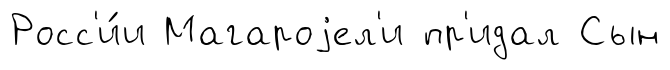
Росс'и́и Магароjел'и пр'идал Сын